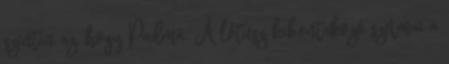
szintén az, hogy Padmá. A lótusz kibontakozó szirmai a